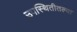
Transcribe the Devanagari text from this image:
उपस्थितीतल्या